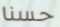
حسنا